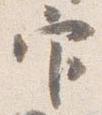
官